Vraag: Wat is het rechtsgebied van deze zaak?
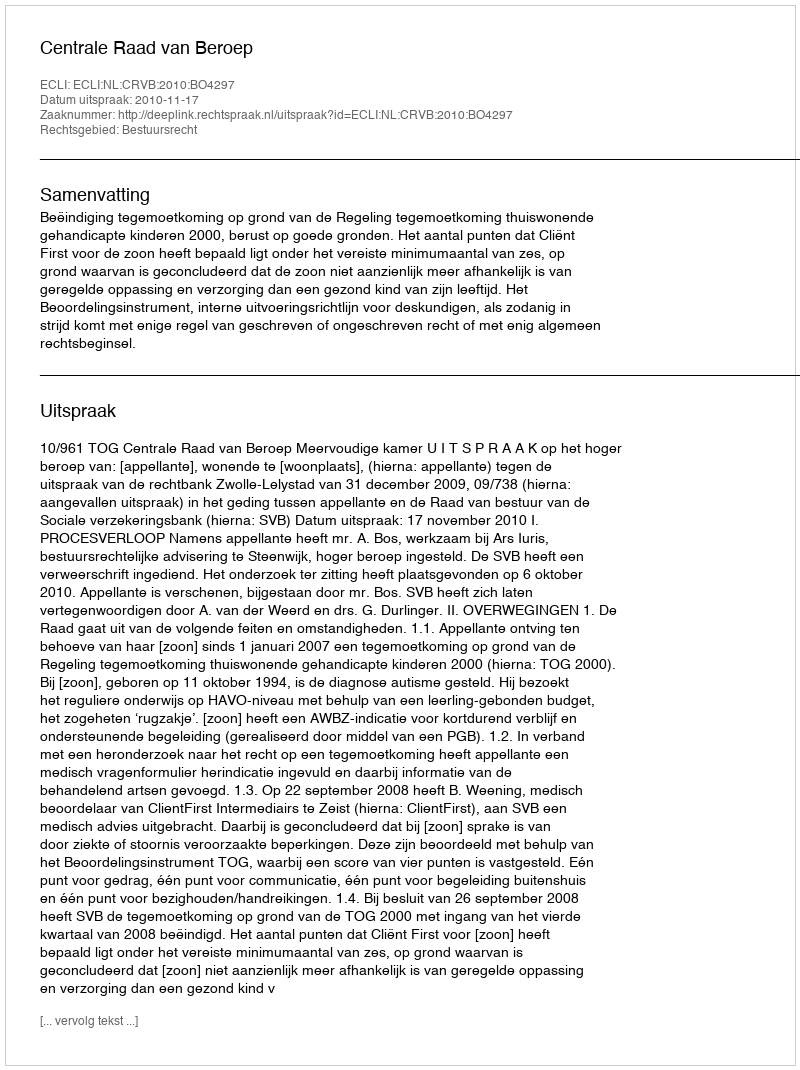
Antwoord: Bestuursrecht